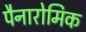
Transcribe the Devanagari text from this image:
पैनारोमिक